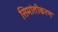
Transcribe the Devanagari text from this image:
सिमांतीकरण